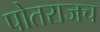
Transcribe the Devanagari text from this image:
पोतराजच